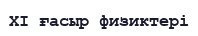
XI ғасыр физиктері